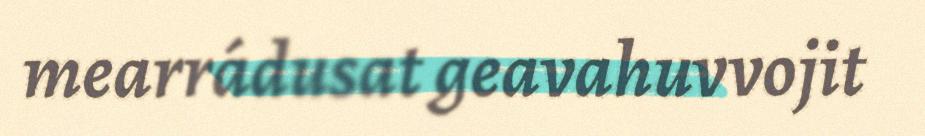
mearrádusat geavahuvvojit